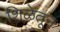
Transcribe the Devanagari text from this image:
शिळेतून